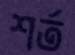
শর্ত